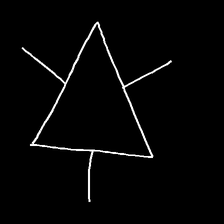
Glyph: fire